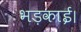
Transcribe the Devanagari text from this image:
भड़काई।